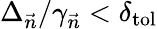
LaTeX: \Delta_{\vec{n}}/\gamma_{\vec{n}}<\delta_{\mathrm{tol}}